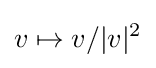
v\mapsto v/|v|^{2}